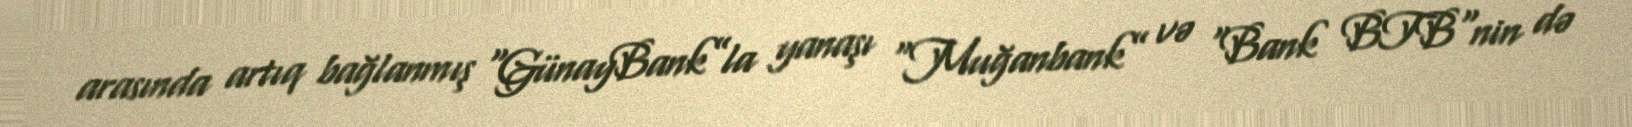
arasında artıq bağlanmış "GünayBank”la yanaşı "Muğanbank” və "Bank BTB"nin də